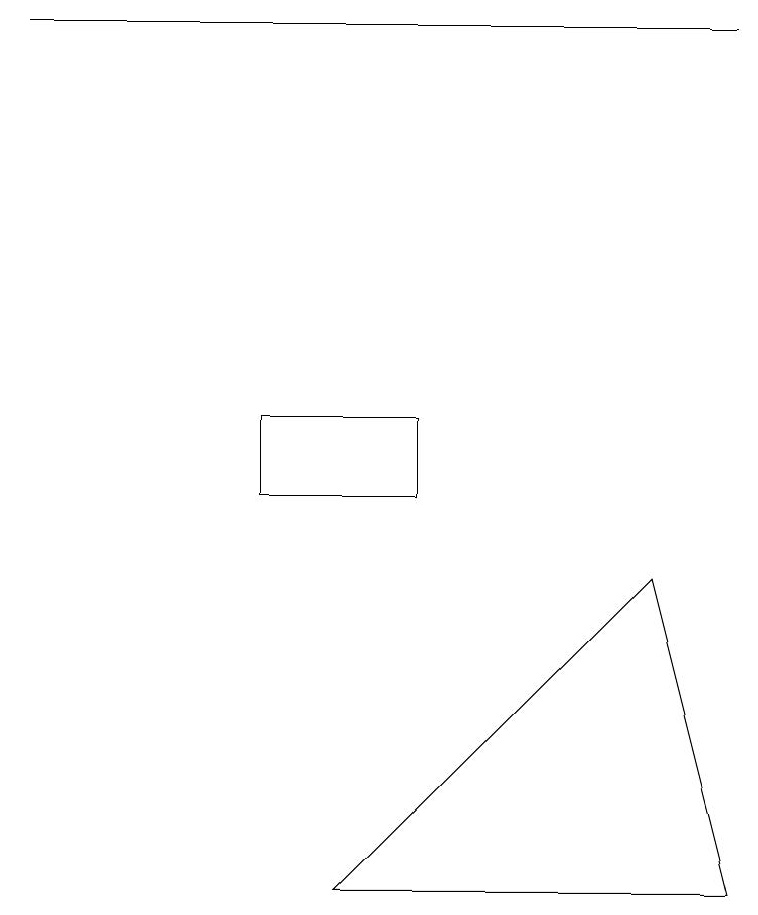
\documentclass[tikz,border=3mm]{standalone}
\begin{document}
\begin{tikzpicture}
\draw (5,11) rectangle (3,10);
\draw (8,9) -- (9,5) -- (4,5) -- cycle;
\draw (9,16) rectangle (0,16);
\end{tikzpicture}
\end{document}